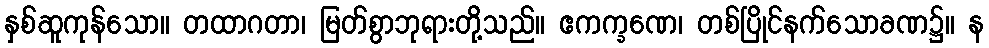
နှစ်ဆူကုန်သော။ တထာဂတာ၊ မြတ်စွာဘုရားတို့သည်။ ဧကက္ခဏေ၊ တစ်ပြိုင်နက်သောခဏ၌။ န